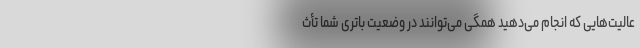
عالیت‌هایی که انجام می‌دهید همگی می‌توانند در وضعیت باتری شما تأث